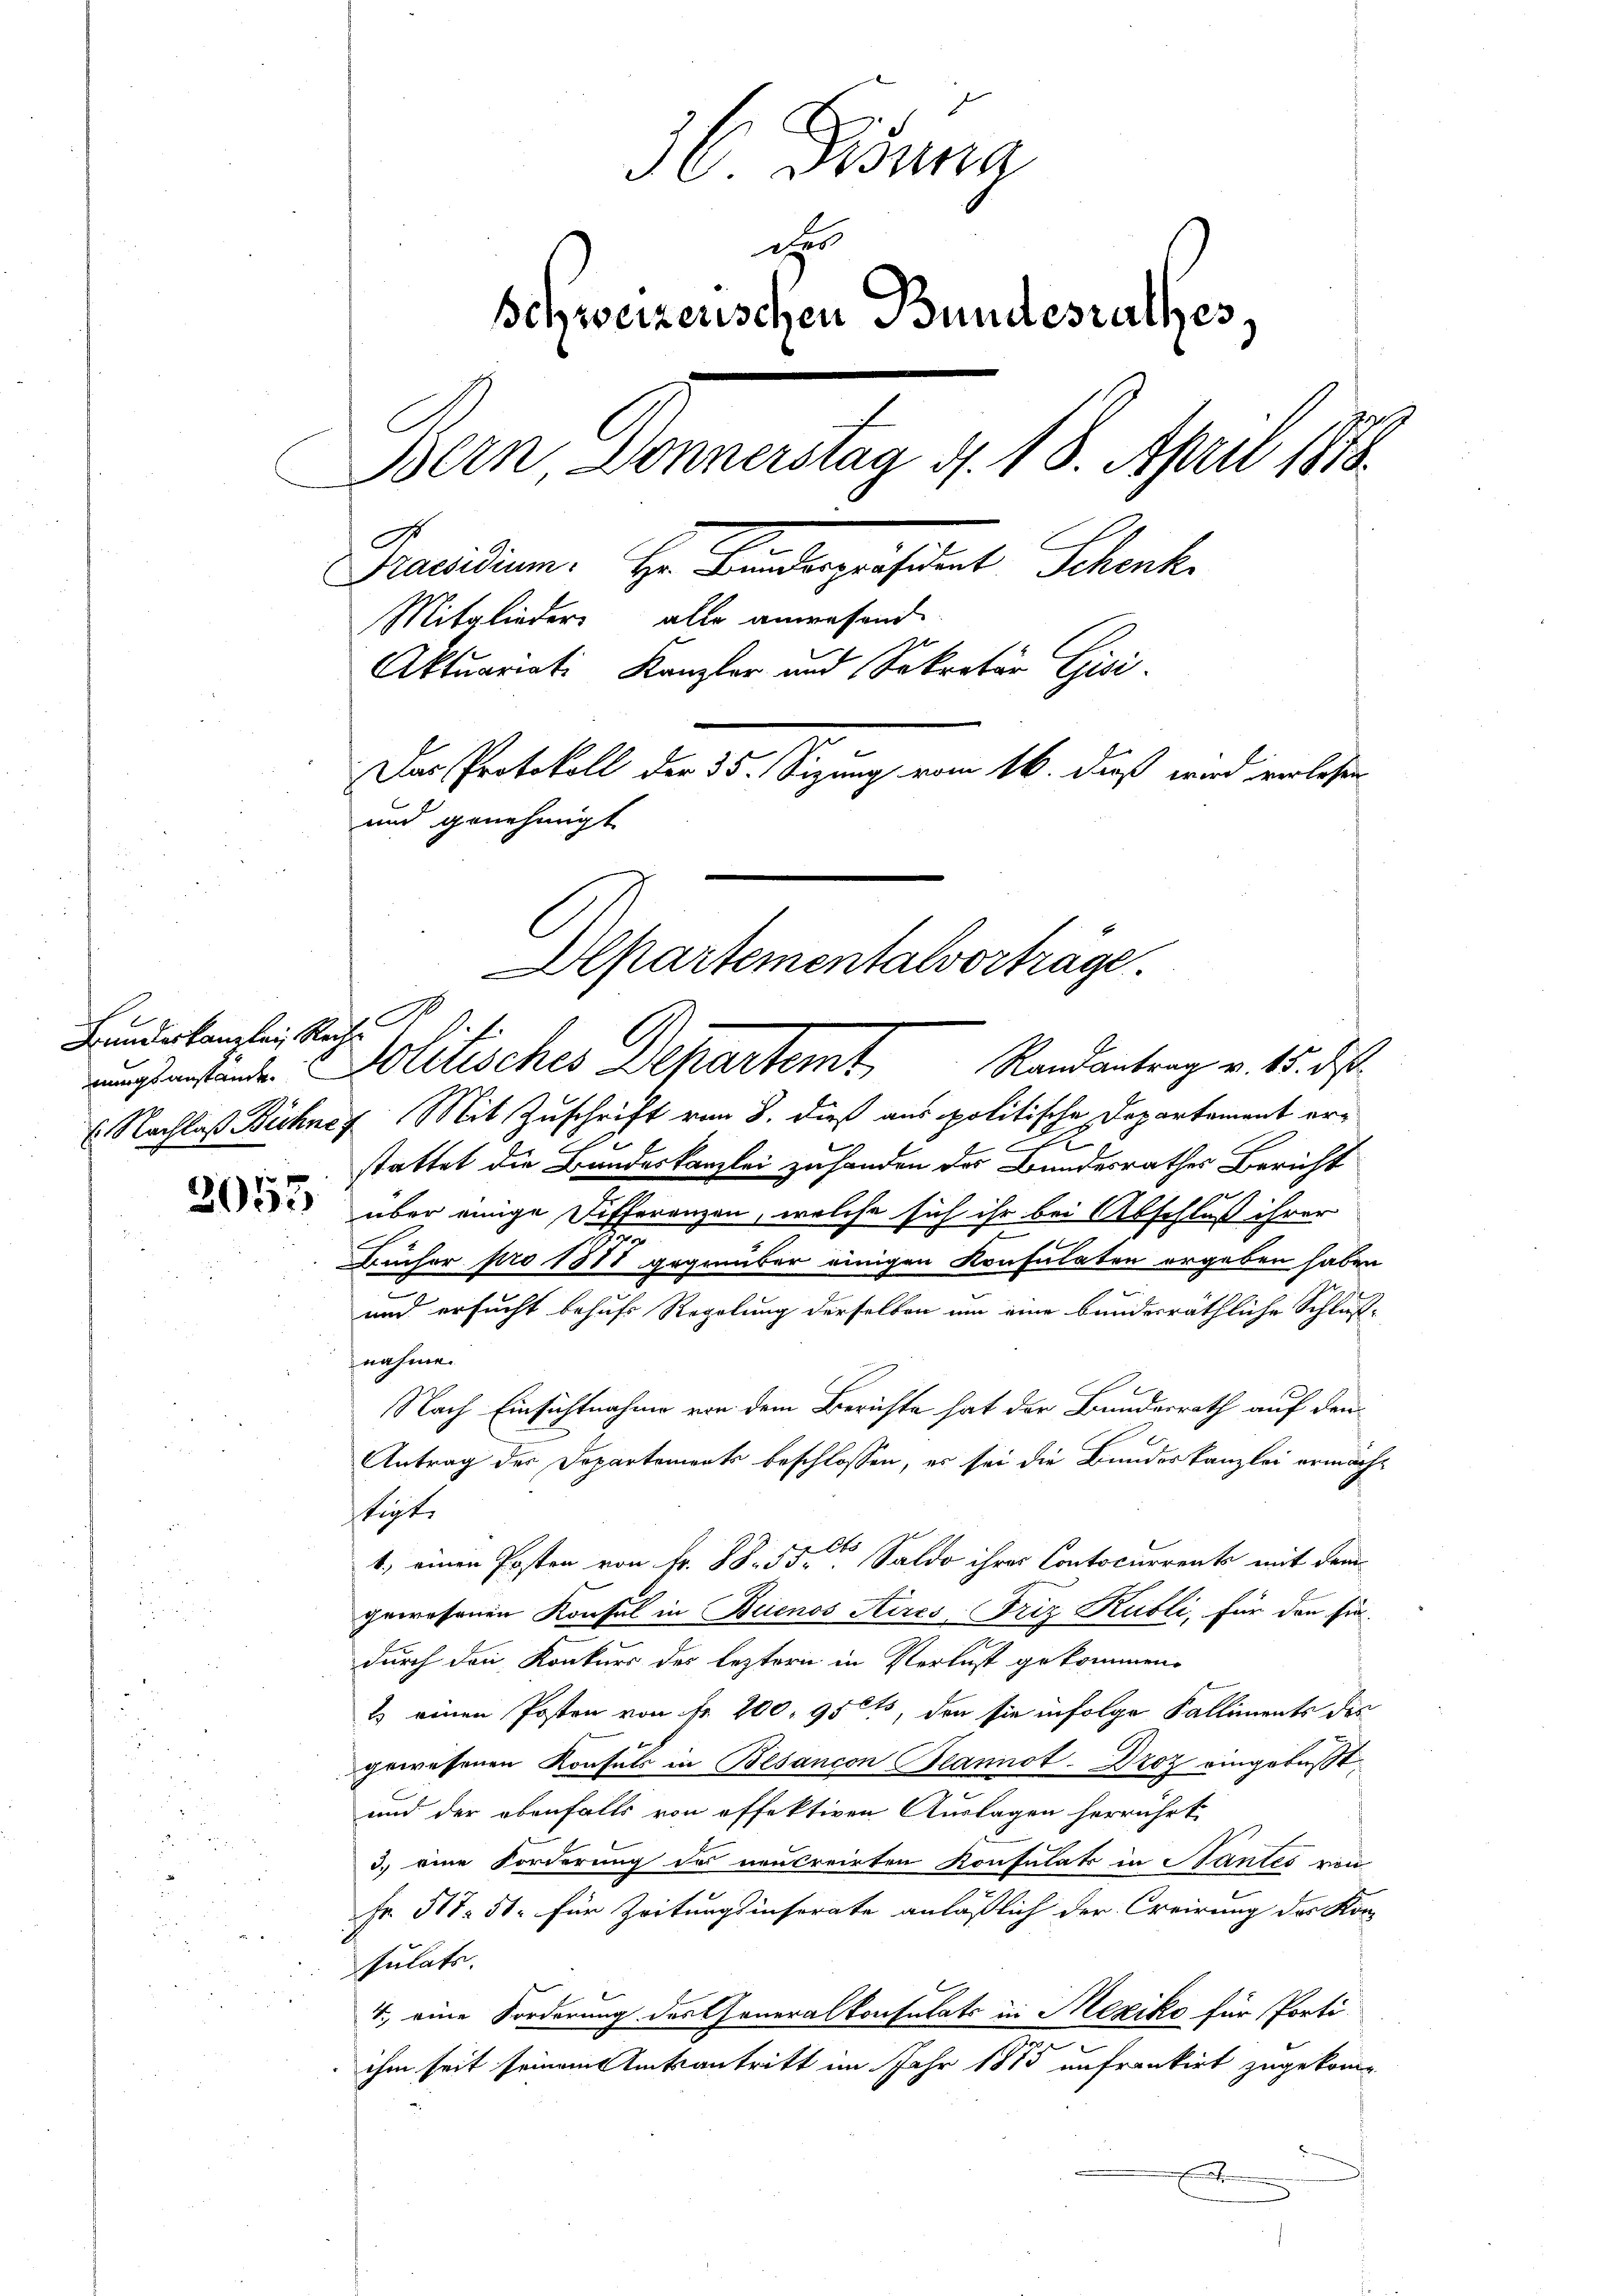
Bundeskanzlei Recht

36 Dionna
Schweizerischen Bundesrathes,
Bern Donnerstag d. 18. April 1878.
Purisdiene. Hr. Handlerisitat Schenk
Mitglieder alle anwesend
Aktuariati, Kanzler und Sekretär Gisi
Das Protokoll der 35. Sizung vom 16. dieß wird verlesen
und genehmigt

Alpartementalvorträge.
runstehenden Politisches Departemt Randantrag v. 15. ds.

E. Nachlaß Bühnef Mit Zuschrift vom 8. dieß aus politische Departement erstattet die Bundeskanzlei zu handen des Bundesrathes Bericht
 über einige Differenzen, welche sich ihr bei Abschluß ihrer
x
Lücher pro 1878 gegenüber einigen Konsulaten ergeben haben
und ersucht behufs Regelung derselben um eine bundesräthliche Schluß-
nahme.
Nach Einsichtnahme von dem Berichte hat der Bundesrath auf den
E
Antrag des Departements beschlossen, es sei die Bundeskanzlei ermächt
stigte
1.) einen Posten von Fr. 88. 55. Saldo ihrer Contocurrente mit dem
gewesenen Konsul in Buenos Aires Friz Kubli, für den Ein-
durch den Konkurs des leztern in Verlust gekommen,
1 einen Posten von fr. 200, 95 cts, den sie infolge Kalliments des
gewesenen Konsuls in Besancon Plannot-Droz eingebüßt.
und der ebenfalls von offektiven Auslagen herrührt
3.) eine Forderung des neucreirten Konsulats in Nantes von
Fr. 517. 51. für Zeitungsinserate anläßlich der Creirung des Kor-
sulats.
4. eine Forderung des Generalkonsulats in Mexiko für Porti-
n
ihm seit seinem Amtsantritt im Jahr 1813 anfrankirt zugekome